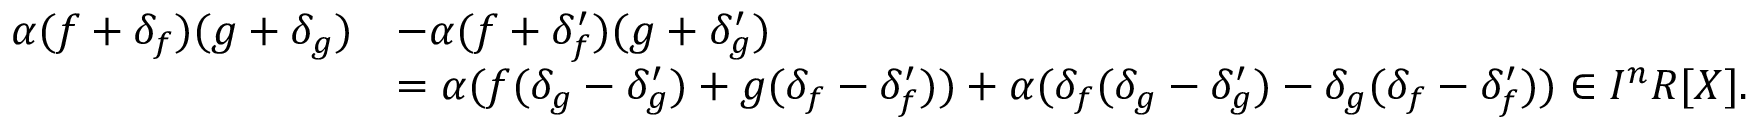
{ \begin{array} { r l } { \alpha ( f + \delta _ { f } ) ( g + \delta _ { g } ) } & { - \alpha ( f + \delta _ { f } ^ { \prime } ) ( g + \delta _ { g } ^ { \prime } ) } \\ & { = \alpha ( f ( \delta _ { g } - \delta _ { g } ^ { \prime } ) + g ( \delta _ { f } - \delta _ { f } ^ { \prime } ) ) + \alpha ( \delta _ { f } ( \delta _ { g } - \delta _ { g } ^ { \prime } ) - \delta _ { g } ( \delta _ { f } - \delta _ { f } ^ { \prime } ) ) \in I ^ { n } R [ X ] . } \end{array} }